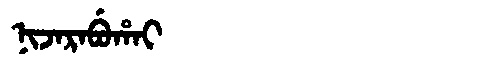
Manchu: ᠨᡳᠵᠠᡵᠠᠪᡠᡥᠠᡳ
Romanization: NIJARABUHAI